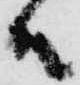
殿